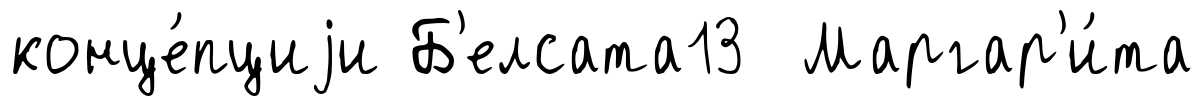
конце́пциjи Б'елсата13 Маргар'и́та